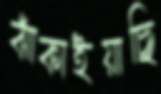
ঝাঁকাইয়াছি